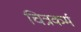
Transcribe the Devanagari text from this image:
चित्रकर्म